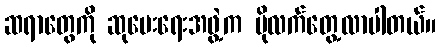
ဆရာတွေကို ဆုပေးရေးအဖွဲ့က ပိုလက်တွေ့လာပါတယ်။